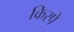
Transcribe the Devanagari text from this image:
किरपे